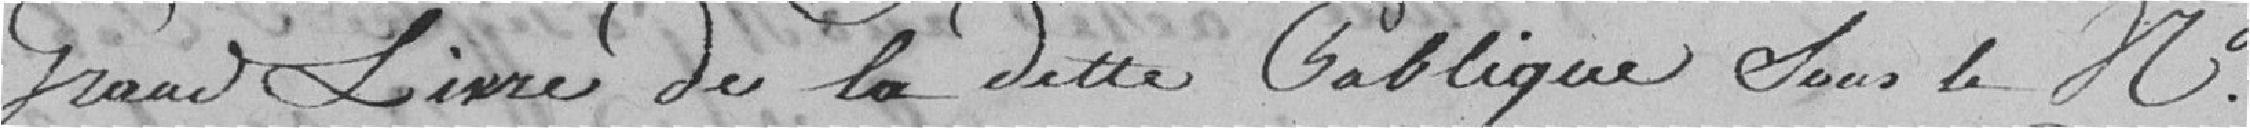
Grand Livre de la Dette Publique sous le numéro